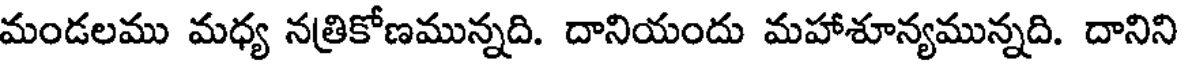
మండలము మధ్య నత్రికోణమున్నది. దానియందు మహాశూన్యమున్నది. దానిని